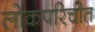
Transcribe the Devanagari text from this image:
लोकपरिचीत